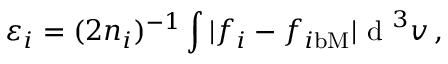
\varepsilon _ { i } = ( 2 n _ { i } ) ^ { - 1 } \int | f _ { i } - f _ { i \mathrm { b M } } | \textrm { d } ^ { 3 } v \, ,